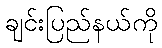
ချင်းပြည်နယ်ကို